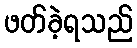
ဖတ်ခဲ့ရသည်